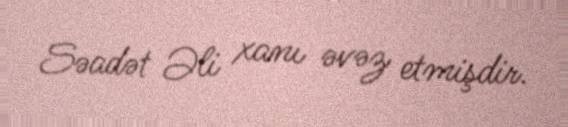
Səadət Əli xanı əvəz etmişdir.